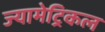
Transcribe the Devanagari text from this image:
ज्यामेट्रिकल